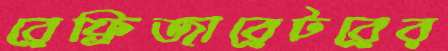
রেফ্রিজারেটরের